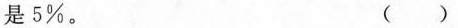
是5%。 ()